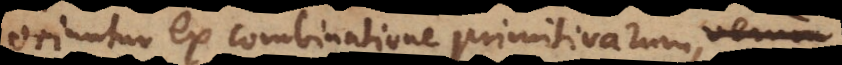
oriuntur ex combinatione primitivarum,